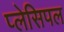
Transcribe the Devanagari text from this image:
प्लेसिपल